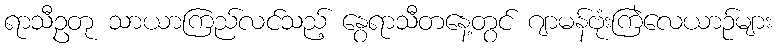
ရာသီဥတု သာယာကြည်လင်သည့် နွေရာသီတနေ့တွင် ဂျာမန်ဗုံးကြဲလေယာဉ်များ